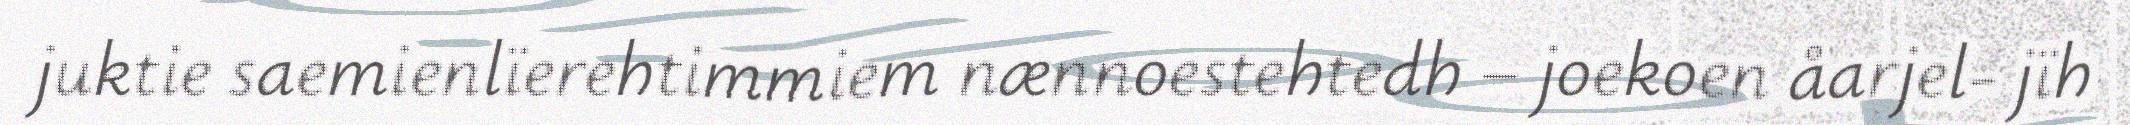
juktie saemienlïerehtimmiem nænnoestehtedh – joekoen åarjel- jïh